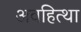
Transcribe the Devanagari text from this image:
अवहित्था